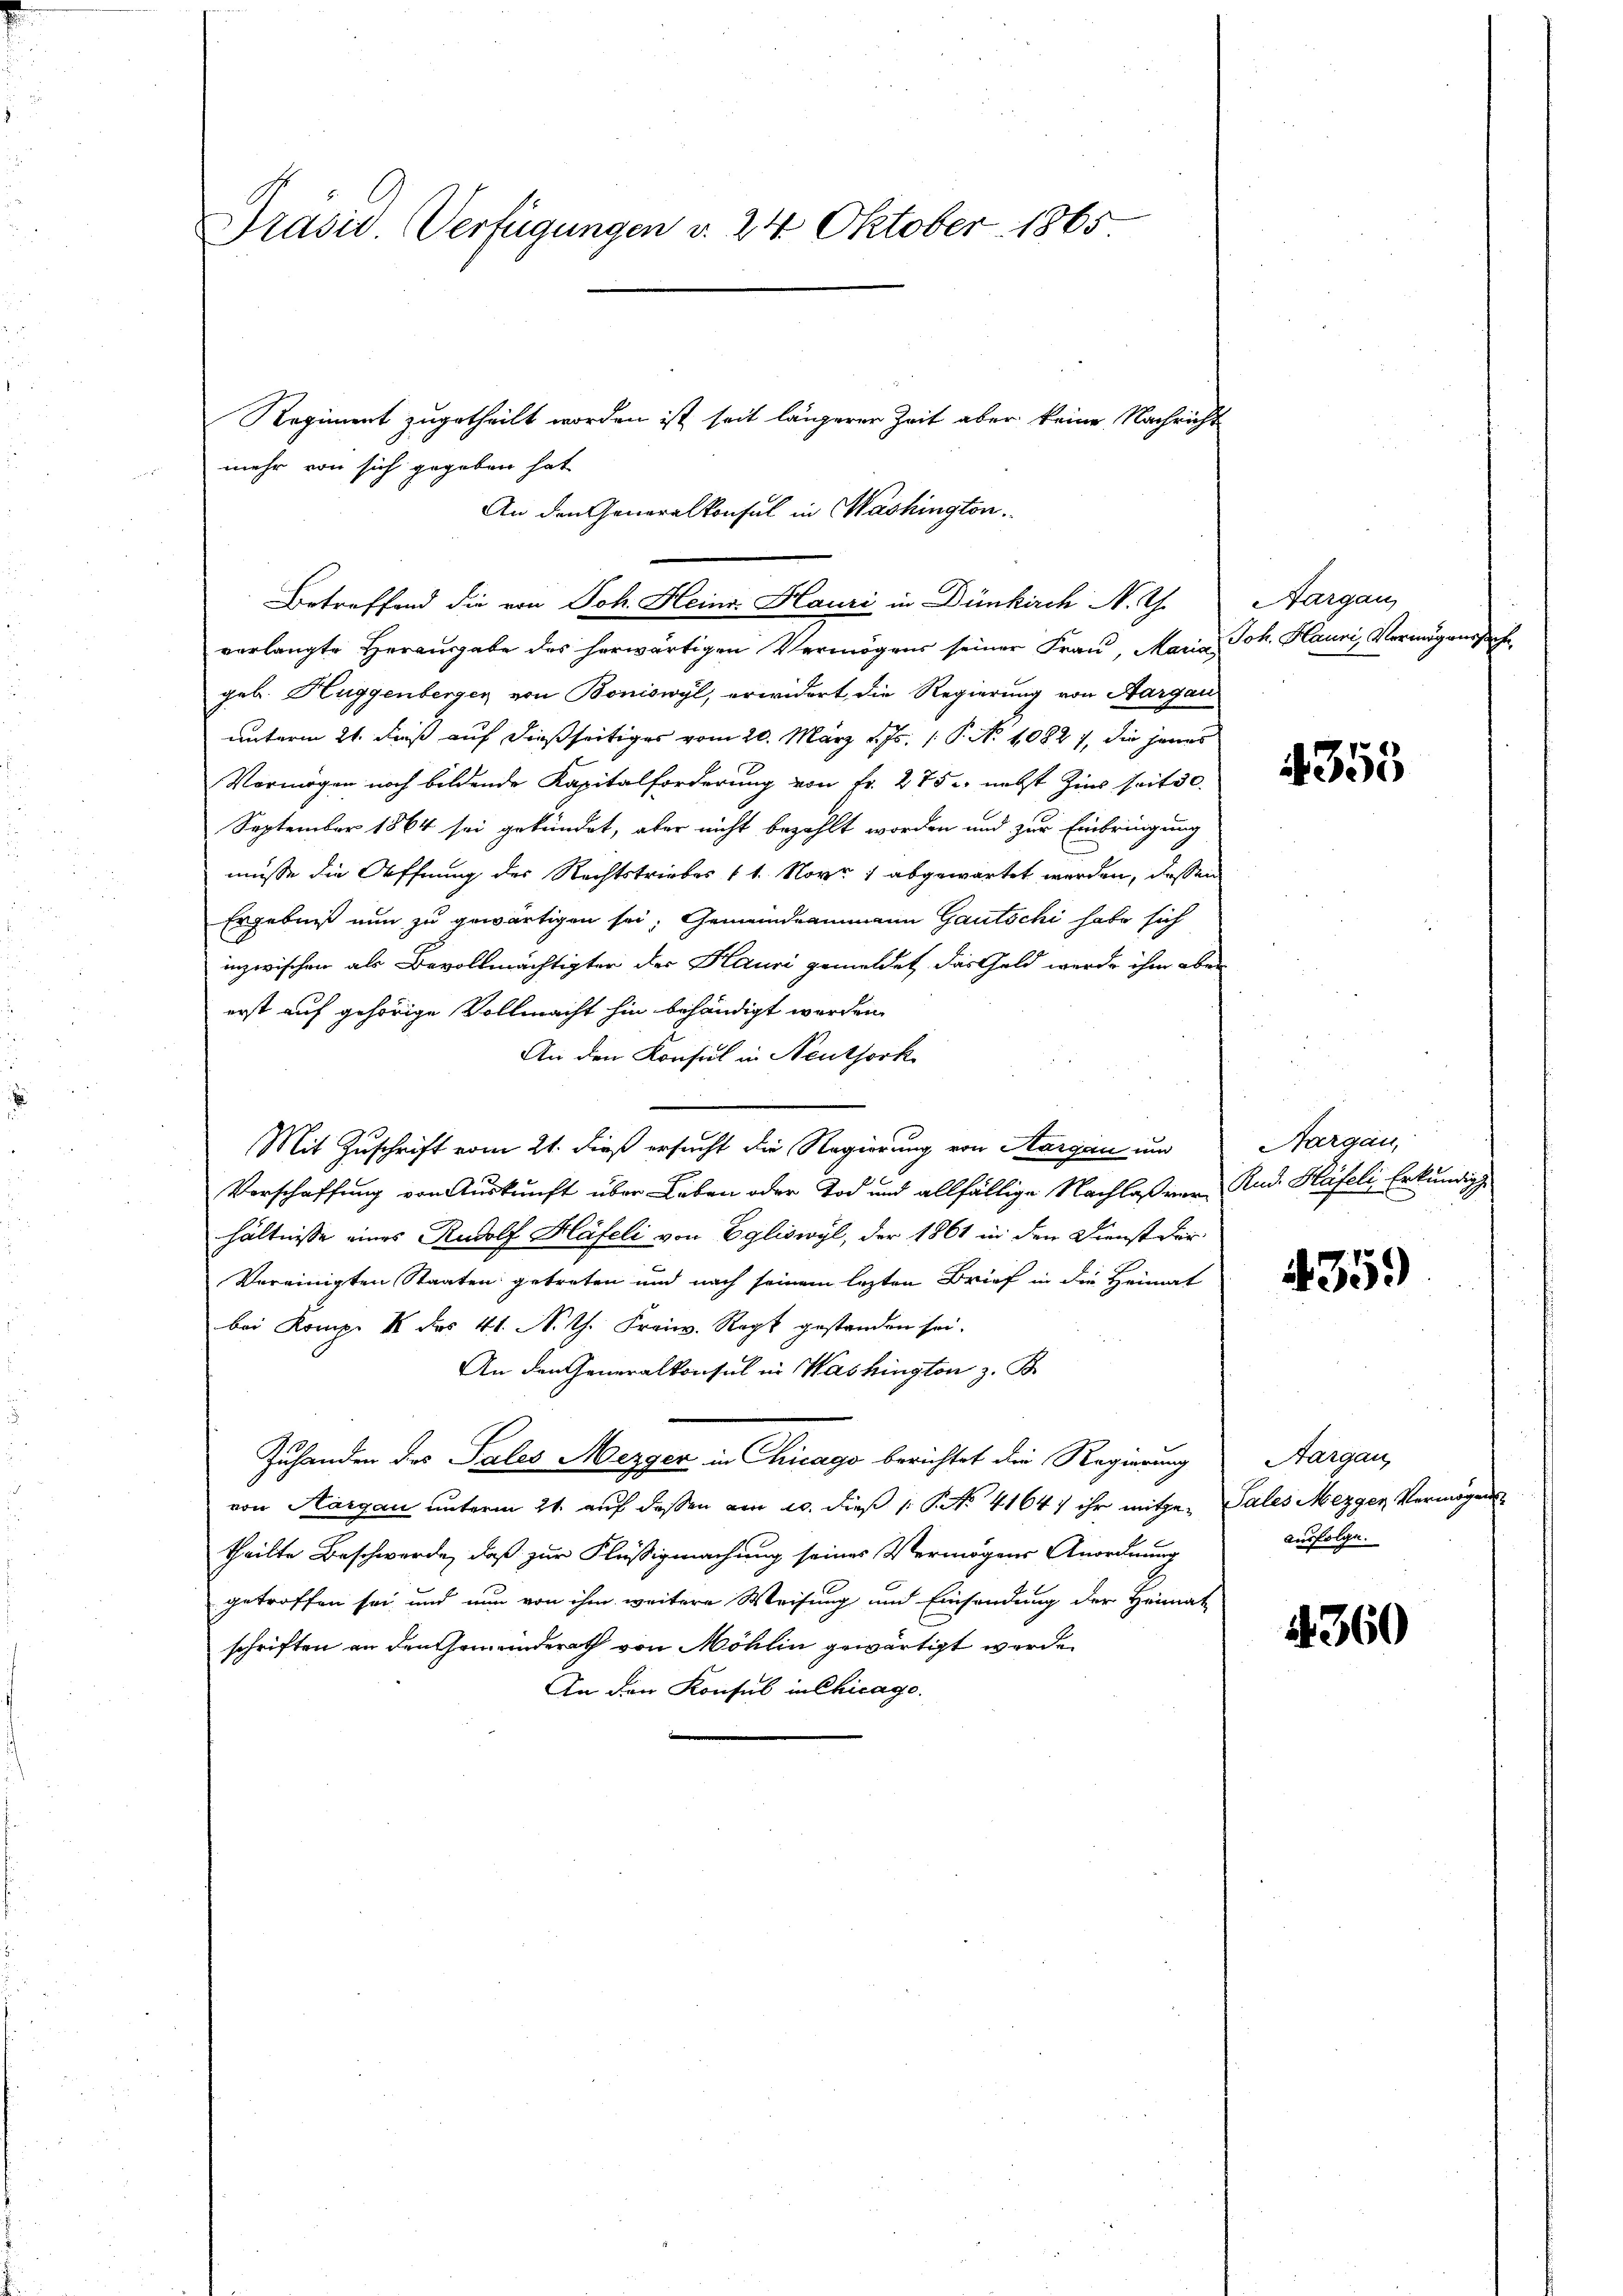
Präsid. Verfügungen v. 24 Oktober 1865

verlangte Herausgabe des herwärtigen Vermögens seiner Frau, Maria Joh. Hauni, Vermögensgeb. Huggenberger von Boniswyl, erwidert, die Regierung von Aargau
unterm 21. daß auf dießseitiges vom 20. März d. Js. 1. P. No 1082 7, die jenes
Vermögen noch bildende Kapitalforderung von Fr. 275. nebst Zins seitsc
September 1864 sei gekündet, aber nicht bezahlt worden und zur Einbringung
müsse die Öffnung des Rechtstriebes 11. Nov. 1 abgewartet werden, dessen
Ergebniß nun zu gewärtigen sei, Gemeindeammann Gautschi habe sich
inzwischen als Bevollmächtigter der Hauri gemeldet, das Geld werde ihm aber
erst auf gehörige Vollmacht hin behändigt worden,
An den Konsul in Neuthork
Mit Zuschrift vom 21. dieß ersucht die Regierung von Aargau un
Verschaffung von Auskunft über Leben oder Tod und allfällige Nachlaßver Rud. Hafeli Erkundig
hältnisse eines Rudolf Häfeli von Egliswyl, der 1861 in den Dienst der
Vereinigten Staaten getreten und nach seinem lezten Brief in die Heimat
bei Komp. I des 41. N. Th. Freiw. Rat gestanden sei.
An den Generalkonsul in Washington z. B
Zuhanden des Sales Mezger in Chicago berichtet die Regierung
von Aargau unterm 21. auf dessen am 20. dieß 1 S. Nr. 4164) ihr mitge- Sales Mezger Vermögens
theilte Beschwerde, daß zur Flüssigmachung seines Vermögens Anordnung
getroffen sei und nun von ihm weitere Weisung und Einsendung der Heimat
schriften an den Gemeinderath von Möhlin gewärtigt werde.
An den Konsul in Chicago.

Regiment zugetheilt worden ist, seit längerer Zeit aber keine Nachricht
mehr von sich gegeben hat
An den Generalkonsul in Washington
Betreffend die von Joh. Heinr. Hauri in Dünkirch N. Th.

Aargau

355

Aargau,

4359

Aargau,
ausfolge.

4360